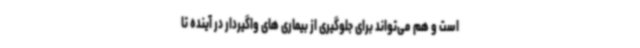
است و هم می‌تواند برای جلوگیری از بیماری های واگیردار در آینده تا